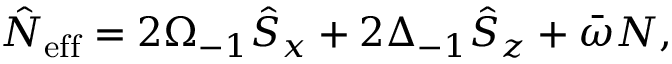
\hat { N } _ { \mathrm { e f f } } = 2 \Omega _ { - 1 } \hat { S } _ { x } + 2 \Delta _ { - 1 } \hat { S } _ { z } + \bar { \omega } N ,